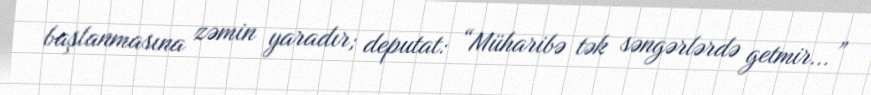
başlanmasına zəmin yaradır; deputat: “Müharibə tək səngərlərdə getmir...”